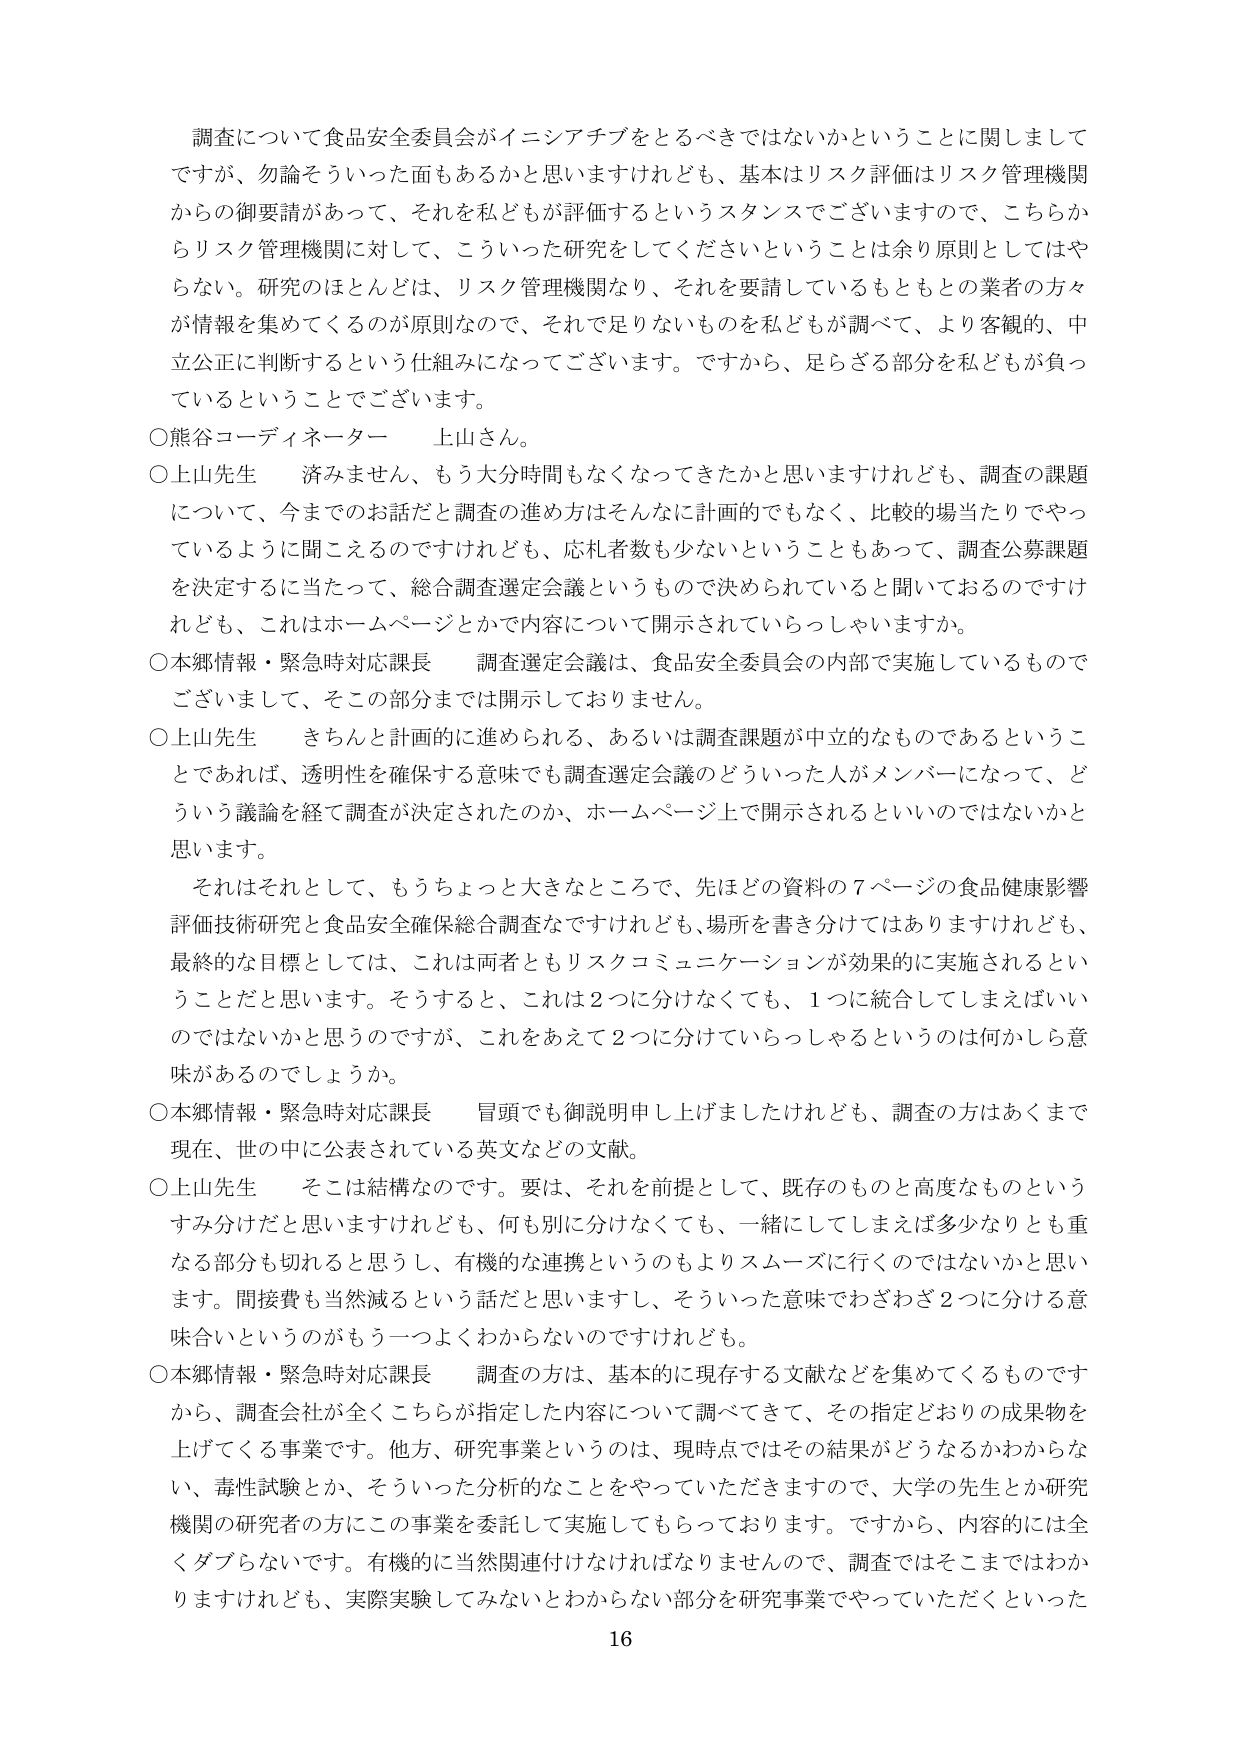
調査について食品安全委員会がイニシアチブをとるべきではないかということに関しましてですが、勿論そういった面もあるかと思いますけれども、基本はリスク評価はリスク管理機関からの御要請があって、それを私どもが評価するというスタンスでございますので、こちらからリスク管理機関に対して、こういった研究をしてくださいということは余り原則としてはやらない。研究のほとんどは、リスク管理機関なり、それを要請しているもともとの業者の方々が情報を集めてくるのが原則なので、それで足りないものを私どもが調べて、より客観的、中立公正に判断するという仕組みになってございます。ですから、足らざる部分を私どもが負っているということでございます。

○熊谷コーディネーター　上山さん。

○上山先生　済みません、もう大分時間もなくなってきたかと思いますけれども、調査の課題について、今までのお話だと調査の進め方はそんなに計画的でもなく、比較的場当たりでやっているように聞こえるのですけれども、応札者数も少ないということもあって、調査公募課題を決定するに当たって、総合調査選定会議というもので決められていると聞いておるのですけれども、これはホームページとかで内容について開示されていらっしゃいますか。

○本郷情報・緊急時対応課長　調査選定会議は、食品安全委員会の内部で実施しているものでございます、そこの部分までは開示しておりません。

○上山先生　きちんと計画的に進められる、あるいは調査課題が中立的なものであるということであれば、透明性を確保する意味でも調査選定会議のどういった人がメンバーになって、どういう議論を経て調査が決定されたのか、ホームページ上で開示されるといいのではないかと思います。

それはそれとして、もうちょっと大きなところで、先ほどの資料の７ページの食品健康影響評価技術研究と食品安全確保総合調査なんですけれども、場所を書き分けてはありますけれども、最終的な目標としては、これは両者ともリスクコミュニケーションが効果的に実施されるということだと思います。そうすると、これは２つに分けなくても、１つに統合してしまえばいいのではないかと思うのですが、これをあえて２つに分けていらっしゃるというのは何かしら意味があるのでしょうか。

○本郷情報・緊急時対応課長　冒頭でも御説明申し上げましたけれども、調査の方はあくまで現在、世の中に公表されている英文などの文献。

○上山先生　そこは結構なのです。要は、それを前提として、既存のものと高度なものというすみ分けだと思いますけれども、何も別に分けなくても、一緒してしまえば多少なりとも重なる部分も切れると思うし、有機的な連携というのもよりスムーズに行くのではないかと思います。間接費も当然減るという話だと思いますし、そういった意味でわざわざ２つに分ける意味合いというのがもう一つよくわからないのですけれども。

○本郷情報・緊急時対応課長　調査の方は、基本的に現存する文献などを集めてくるものですから、調査会社が全くこちらが指定した内容について調べてきて、その指定どおりの成果物を上げてくる事業です。他方、研究事業というのは、現時点ではその結果がどうなるかわからない、毒性試験とか、そういった分析的なことをやっていただきますので、大学の先生とか研究機関の研究者の方にこの事業を委託して実施してもらっております。ですから、内容的には全くダブらないです。有機的に当然関連付けなければなりませんので、調査ではそこまではわかりますけれども、実際実験してみないとわからない部分を研究事業でやっていただくといった

16